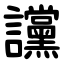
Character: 讜